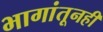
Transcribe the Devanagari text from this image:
भागांतूनही